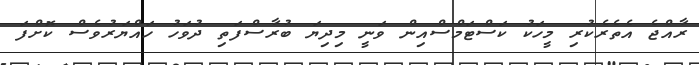
ރާއްޖެ އެތެރެކުރި މީހަކު ކަސްޓަމްސްއިން ވަނީ މިދިޔަ ބުރާސްފަތި ދުވަހު ހައްޔަރުވެސް ކޮށްފަ